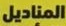
المناديل